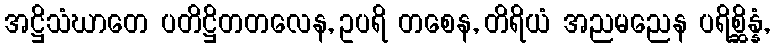
အဋ္ဌိသံဃာတေ ပတိဋ္ဌိတတလေန, ဥပရိ တစေန, တိရိယံ အညမညေန ပရိစ္ဆိန္နံ,